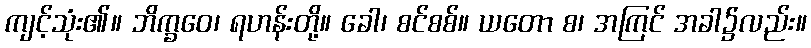
ကျင့်သုံး၏။ ဘိက္ခဝေ၊ ရဟန်းတို့။ ခေါ၊ စင်စစ်။ ယတော စ၊ အကြင် အခါ၌လည်း။